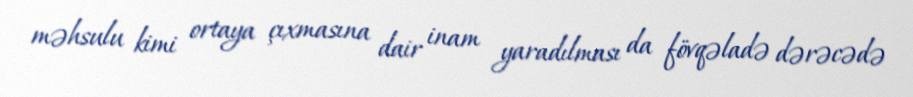
məhsulu kimi ortaya çıxmasına dair inam yaradılması da fövqəladə dərəcədə